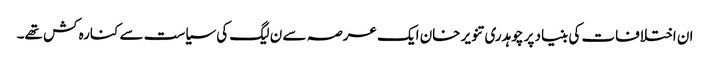
ان اختلافات کی بنیاد پر چوہدری تنویر خان ایک عرصہ سے ن لیگ کی سیاست سے کنارہ کش تھے۔